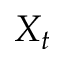
X _ { t }